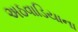
અઠવાડિયાના